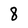
Character: 8